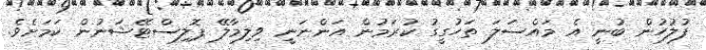
ފުލުހުން ބުނީ އެ މައްސަލަ ތަހުގީގު ކުރަމުން އަންނަނީ ވިލިމާލޭ ޕޮލިސްޓޭޝަނުން ކަމަށެވެ.